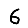
Digit: 6